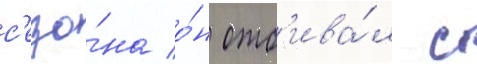
с'езо́на о́н отб'ива́л с